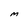
Character: M